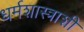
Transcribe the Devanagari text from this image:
धर्मशास्त्राशीं